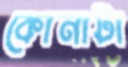
কোনাটা